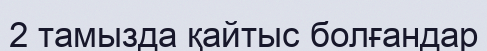
2 тамызда қайтыс болғандар